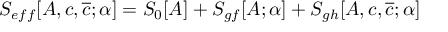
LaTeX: S _ { e f f } [ A , c , \overline { { { c } } } ; \alpha ] = S _ { 0 } [ A ] + S _ { g f } [ A ; \alpha ] + S _ { g h } [ A , c , \overline { { { c } } } ; \alpha ]